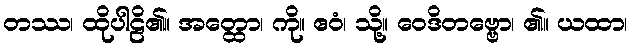
တဿ၊ ထိုပါဠိ၏။ အတ္ထော၊ ကို။ ဧဝံ၊ သို့။ ဝေဒိတဗ္ဗော၊ ၏။ ယထာ၊